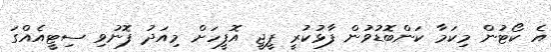
އެ ކޯޓުން މިކަމާ ކަންބޮޑުވުން ފާޅުކުރީ ޕީޖީ އޮފީހަށް މިއަދު ފޮނުވި ސިޓީއެއްގަ